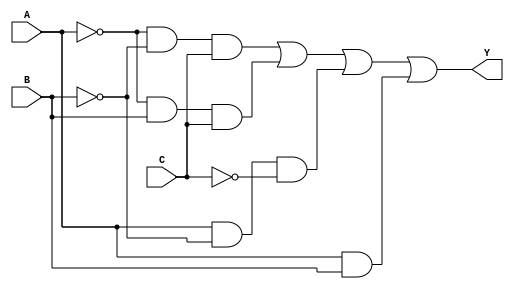
module combinational_logic (
    input wire A,  // Input A
    input wire B,  // Input B
    input wire C,  // Input C
    output wire Y  // Output Y
);

// Combinational logic implementation
assign Y = (~A & ~B & C) | (~A & B & C) | (A & ~B & ~C) | (A & B);

endmodule